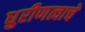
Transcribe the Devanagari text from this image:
धुरीणत्वाचे